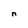
Character: n